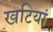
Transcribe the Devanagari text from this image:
खटियां